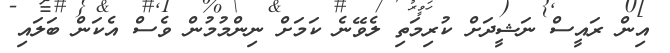
އިން ރައީސް ނަޝީދަށް ކުރިމަތި ލެވޭނެ ކަމަށް ނިންމުމުން ވެސް އެކަން ބަލައި